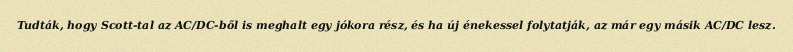
Tudták, hogy Scott-tal az AC/DC-ből is meghalt egy jókora rész, és ha új énekessel folytatják, az már egy másik AC/DC lesz.